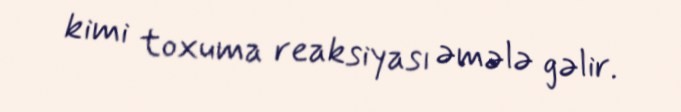
kimi toxuma reaksiyası əmələ gəlir.